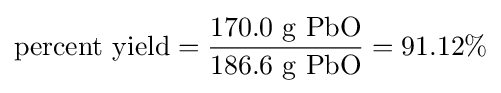
{\mbox{percent yield}}={\frac {\mbox{170.0 g PbO}}{\mbox{186.6 g PbO}}}=91.12\%